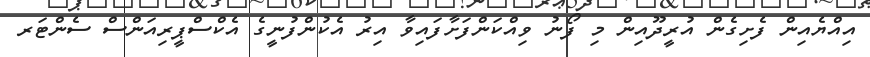
އިއްޔެއިން ފެށިގެން އުރީދޫއިން މި ފޯނު ވިއްކަންފަށާފައިވާ އިރު އެކުންފުނީގެ އެކްސްޕީރިއަންސް ސެންޓަރ